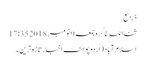
ذرائع
ثنااللہ ناگرہ جمعہ 9 نومبر 2018 17:35
اسلام آباد(اُردوپوائنٹ اخبارتازہ ترین۔